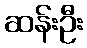
ဆန်းဦး